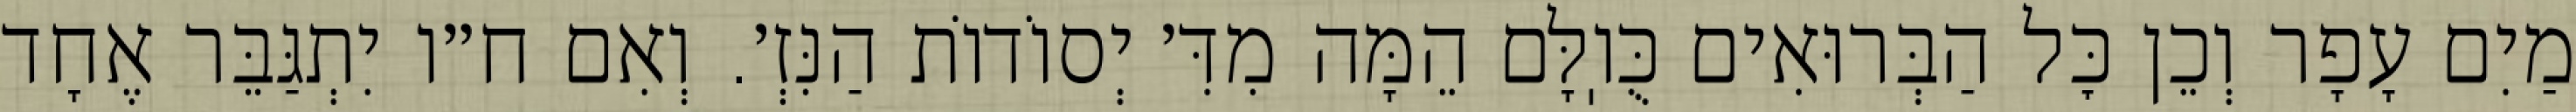
מַיִם עָפָר וְכֵן כׇּל הַבְּרוּאִים כֻּוֽלָּם הֵמָּה מִדִּ׳ יְסוֹדוֹת הַנִּזְ׳. וְאִם ח״ו יִתְגַּבֵּר אֶחָד